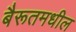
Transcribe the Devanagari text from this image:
बैरूतमधील